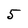
Character: 5